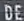
DE